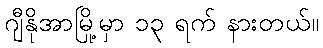
ဂျီနိုအာမြို့မှာ ၁၃ ရက် နားတယ်။